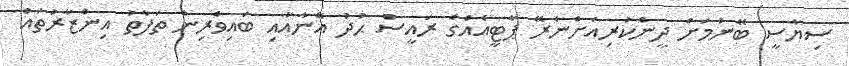
ސިޔާސީ ބޭނުމަށް ދީންކުރިއަށްނެރޭ ޕާޓީއެއްގެ ރައީސް ޙުދު އޭނާއާއި ބައިވެރިން ތަފާތު އިންޒާރުތައް